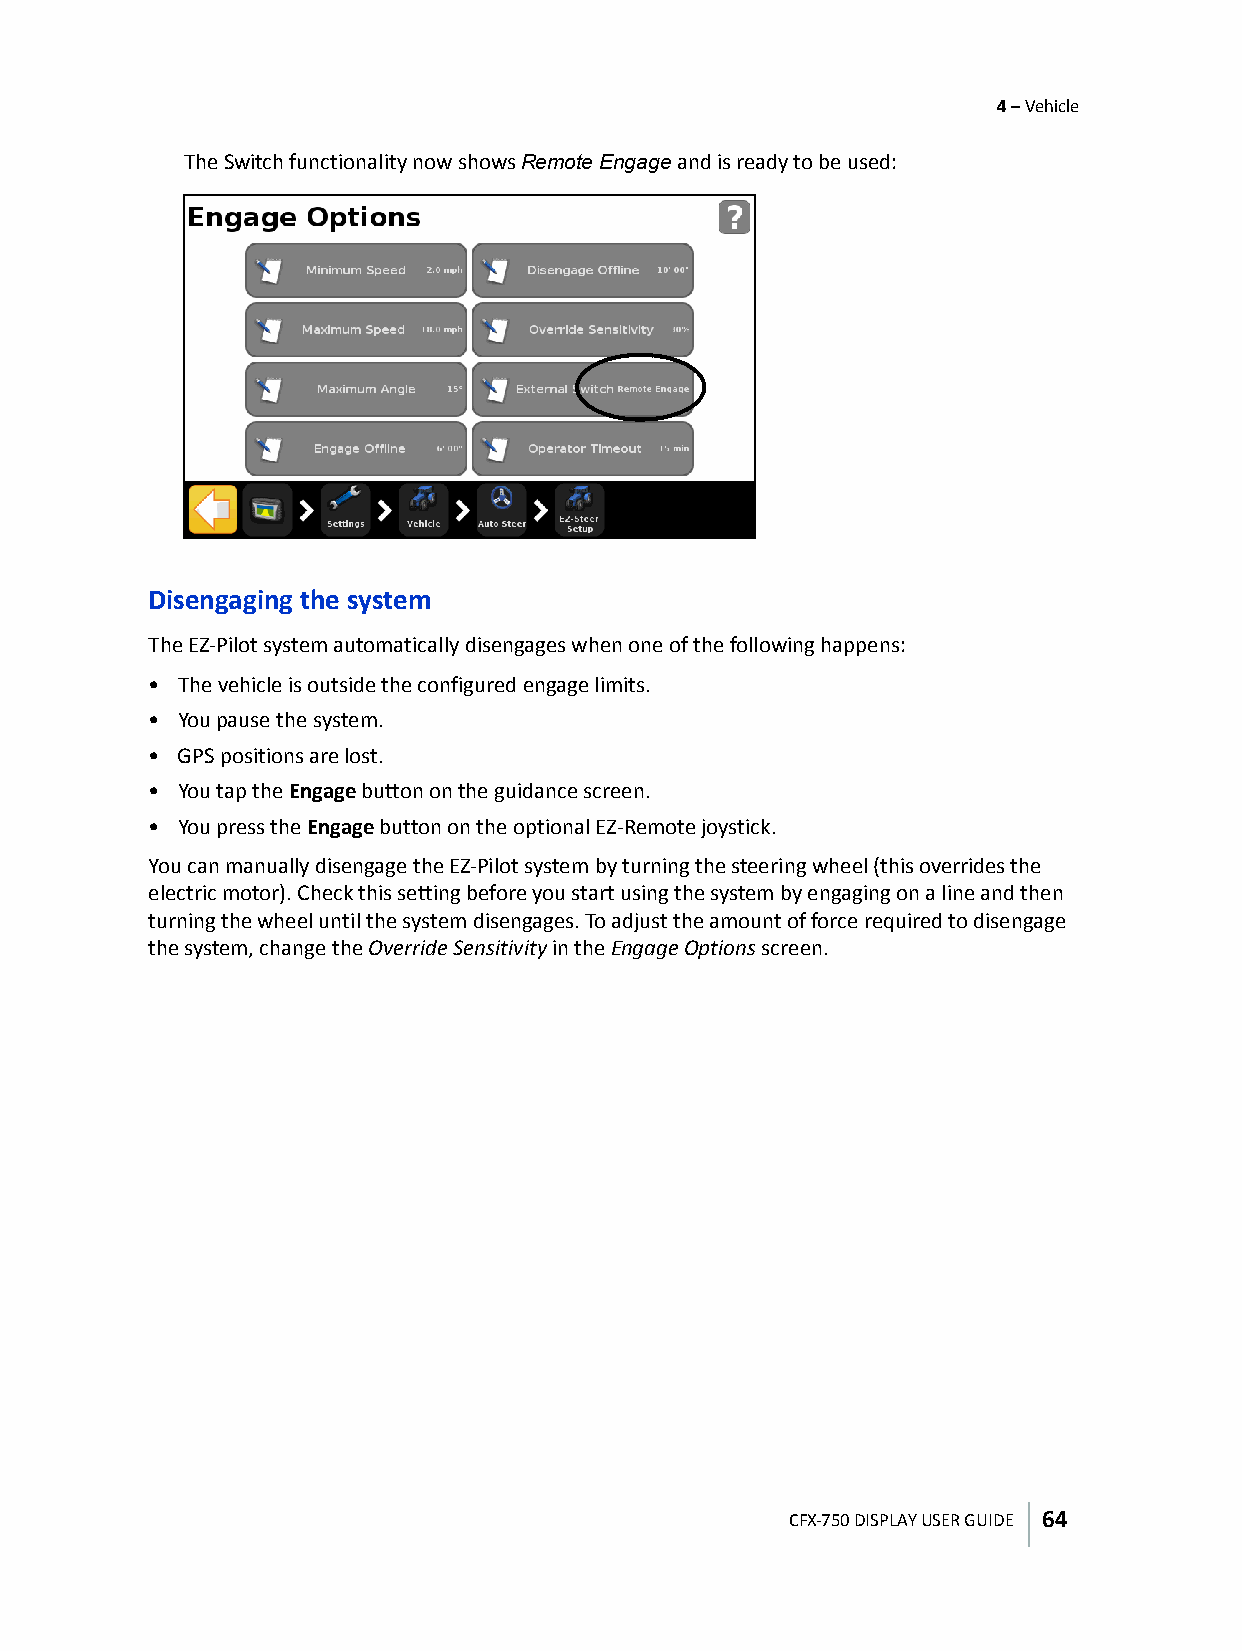
4 – Vehicle
 The Switch functionality now shows Remote Engage and is ready to be used:
 Disengaging the system
 The EZ-Pilot system automatically disengages when one of the following happens:
 • The vehicle is outside the configured engage limits.
 • You pause the system.
 • GPS positions are lost.
 • You tap the Engage button on the guidance screen.
 • You press the Engage button on the optional EZ-Remote joystick.
 You can manually disengage the EZ-Pilot system by turning the steering wheel (this overrides the
 electric motor). Check this setting before you start using the system by engaging on a line and then
 turning the wheel until the system disengages. To adjust the amount of force required to disengage
 the system, change the Override Sensitivity in the Engage Options screen.
 CFX-750 DISPLAY USER GUIDE 64